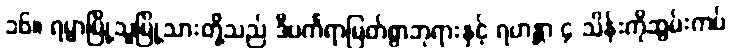
၁၆။ ရမ္မာမြို့သူမြို့သားတို့သည် ဒီပင်္ကရာမြတ်စွာဘုရားနှင့် ရဟန္တာ ၄ သိန်းကိုဆွမ်းကပ်